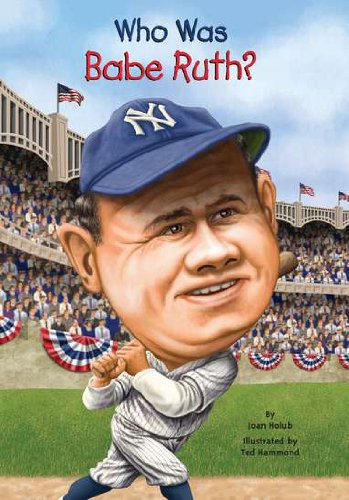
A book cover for Who Was Babe Ruth?; Joan Holub; Children's Books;